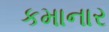
કમાનાર